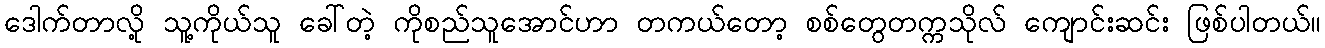
ဒေါက်တာလို့ သူ့ကိုယ်သူ ခေါ်တဲ့ ကိုစည်သူအောင်ဟာ တကယ်တော့ စစ်တွေတက္ကသိုလ် ကျောင်းဆင်း ဖြစ်ပါတယ်။